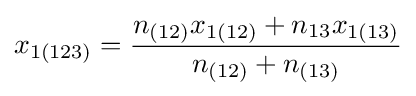
x_{1(123)}={\frac {n_{(12)}x_{1(12)}+n_{13}x_{1(13)}}{n_{(12)}+n_{(13)}}}